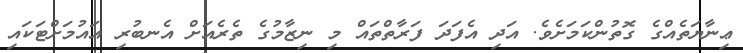
ޢިނާޔަތެއްގެ ގޮތުންކަމަށެވެ. އަދި އެފަދަ ފަރާތްތައް މި ނިޒާމުގެ ތެރެއަށް އެނބުރި އައުމަށްޓަކައި